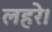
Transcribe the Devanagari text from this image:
लहरे।